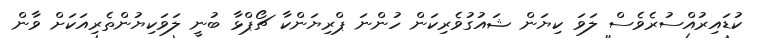
ކުޑައިރުއްސުރެވެސް ލަވަ ކިޔަން ޝައުގުވެރިކަން ހުންނަ ޕްރިޔަންކާ ޗޯޕްޅާ ބުނީ ލަވަކިޔުންތެރިއަކަށް ވާން